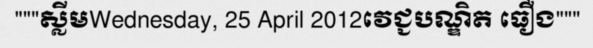
"""ស្លីមWednesday, 25 April 2012វេជ្ជបណ្ឌិត ធឿង"""